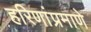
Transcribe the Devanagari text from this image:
हरिणांप्रमाणे